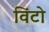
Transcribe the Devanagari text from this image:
विंटो